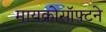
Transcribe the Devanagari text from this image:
मायक्रोसॉफ़्टने